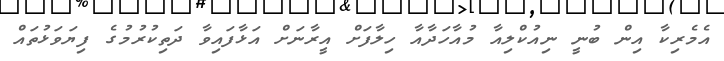
އެމެރިކާ އިން ބުނީ ނިއުކްލިއާ މުއާހަދާއާ ހިލާފަށް އީރާނަށް އަޅާފައިވާ ދަތިކުރުމުގެ ފިޔަވަޅުތައް